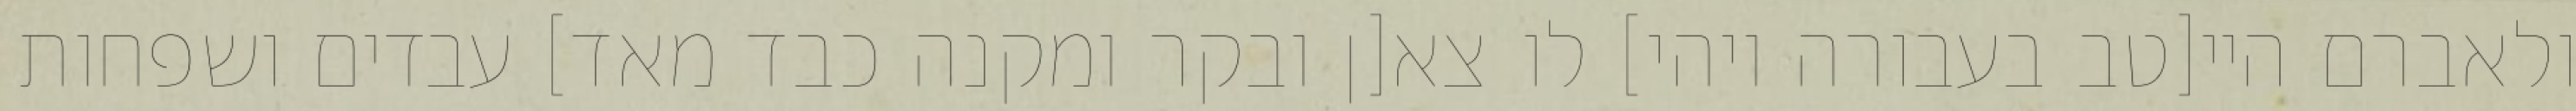
ולאברם היי[טב בעבורה ויהי] לו צא[ן ובקר ומקנה כבד מאד] עבדים ושפחות